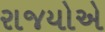
રાજયોએ